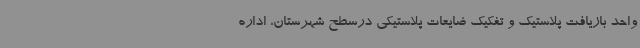
واحد بازیافت پلاستیک و تفکیک ضایعات پلاستیکی درسطح شهرستان، اداره